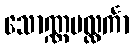
သောဏ္ဏပလ္လင်္ကာ